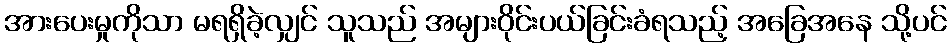
အားပေးမှုကိုသာ မရရှိခဲ့လျှင် သူသည် အများဝိုင်းပယ်ခြင်းခံရသည့် အခြေအနေ သို့ပင်